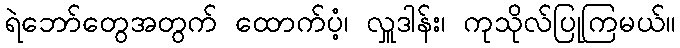
ရဲဘော်တွေအတွက် ထောက်ပံ့၊ လှူဒါန်း၊ ကုသိုလ်ပြုကြမယ်။